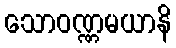
သောဝဏ္ဏမယာနိ